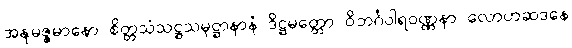
အနုမဇ္ဇမာနော စိတ္တသံသဋ္ဌသမုဋ္ဌာနာနံ ဒိဋ္ဌမတ္တော ဝိဘင်္ဂဝါရဝဏ္ဏနာ လောဟဆဒနေ